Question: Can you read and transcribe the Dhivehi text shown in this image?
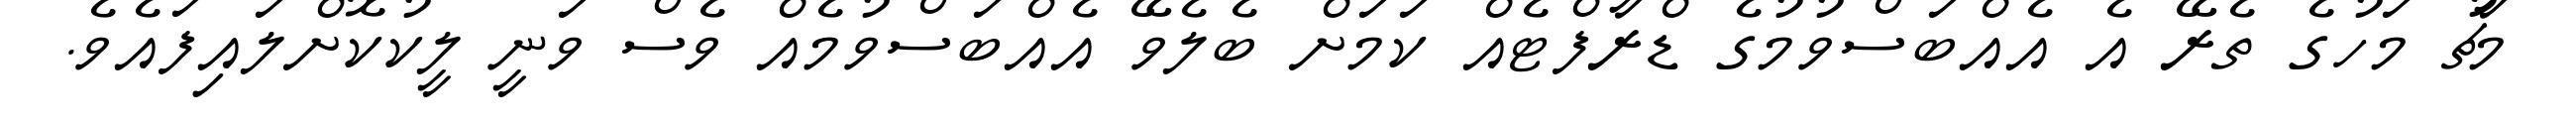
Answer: މާޗު މަހުގެ ތެރޭ އެ އެއްބަސްވުމުގެ ޑްރާފްޓެއް ކަމަށް ބެލެވޭ އެއްބަސްވުމެއް ވެސް ވަނީ ލީކުކޮށްލައިފައެވެ.